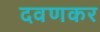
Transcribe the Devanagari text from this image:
दवणकर